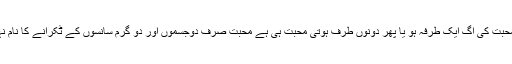
رفعت محبت کی آگ ایک طرفہ ہو یا پھر دونوں طرف ہوتی محبت ہی ہے محبت صرف دوجسموں اور دو گرم سانسوں کے ٹکرانے کا نام نہیں ہے۔